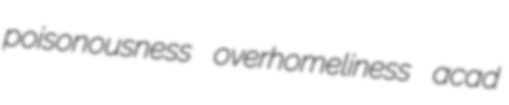
poisonousness overhomeliness acad